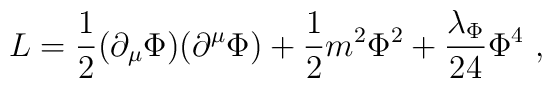
L = {1 \over 2} (\partial_{\mu} \Phi) (\partial^{\mu} \Phi) +{1 \over 2} m^2 \Phi^2+{\lambda_\Phi \over 24}  \Phi^4 ~,